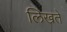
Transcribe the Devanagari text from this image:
लिखते